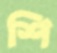
শি